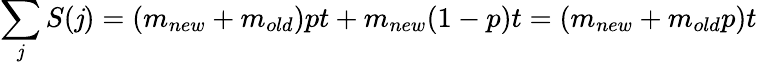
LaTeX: \sum_{\mathit{j}}{S(\mathit{j})}=(m_{new}+m_{old})pt+m_{new}(1-p)t=(m_{new}+m_{old}p)t